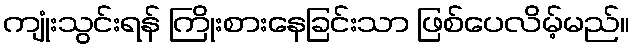
ကျုံးသွင်းရန် ကြိုးစားနေခြင်းသာ ဖြစ်ပေလိမ့်မည်။